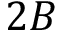
2 B